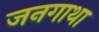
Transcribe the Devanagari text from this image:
जनगाथा